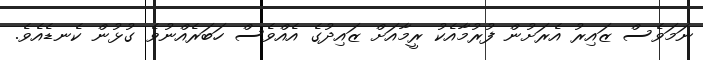
ނަމަވެސް ޒައިރު އެރަށުން ފުރުމާއެކު ރީމާއަށް ޒައިދުގެ އެއްވެސް ހަބަރެއްނުވެ ގުޅުން ކެނޑެއެވެ.